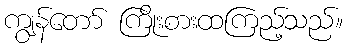
ကျွန်တော် ကြိုးစားထကြည့်သည်။